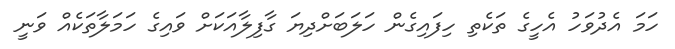
ހަމަ އެދުވަހު އެހީގެ ތަކެތި ހިފައިގެން ހަލަބަށްދިޔަ ގާފިލާއަކަށް ވައިގެ ހަމަލާތަކެއް ވަނީ